Epidemic dropsy in Calcutta - Number 45
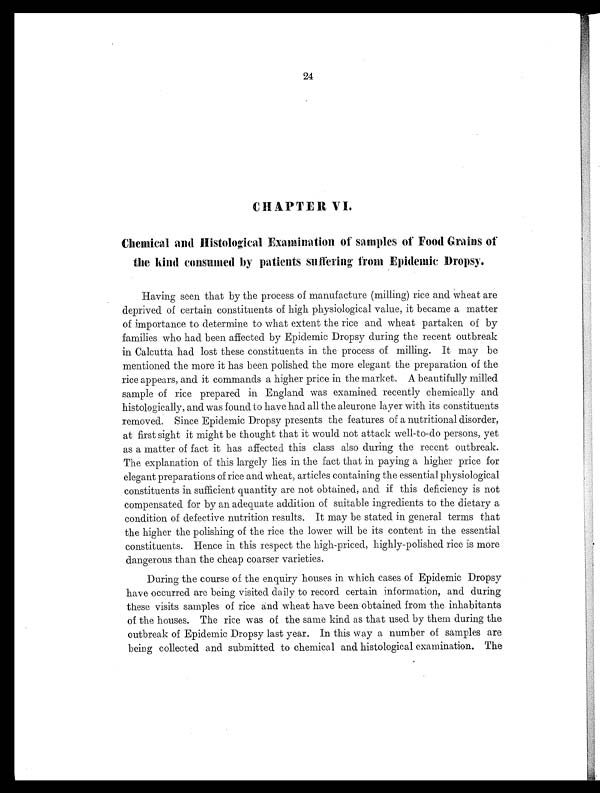
24
CHAPTER VI.
Chemical and Histological Examination of samples of Food Grains of
the kind consumed by patients suffering from Epidemic Dropsy.
Having seen that by the process of manufacture (milling) rice and wheat are
deprived of certain constituents of high physiological value, it became a matter
of importance to determine to what extent the rice and wheat partaken of by
families who had been affected by Epidemic Dropsy during the recent outbreak
in Calcutta had lost these constituents in the process of milling. It may be
mentioned the more it has been polished the more elegant the preparation of the
rice appears, and it commands a higher price in the market. A beautifully milled
sample of rice prepared in England was examined recently chemically and
histologically, and was found to have had all the aleurone layer with its constituents
removed. Since Epidemic Dropsy presents the features of a nutritional disorder,
at first sight it might be thought that it would not attack well-to-do persons, yet
as a matter of fact it has affected this class also during the recent outbreak.
The explanation of this largely lies in the fact that in paying a higher price for
elegant preparations of rice and wheat, articles containing the essential physiological
constituents in sufficient quantity are not obtained, and if this deficiency is not
compensated for by an adequate addition of suitable ingredients to the dietary a
condition of defective nutrition results. It may be stated in general terms that
the higher the polishing of the rice the lower will be its content in the essential
constituents. Hence in this respect the high-priced, highly-polished rice is more
dangerous than the cheap coarser varieties.
During the course of the enquiry houses in which cases of Epidemic Dropsy
have occurred are being visited daily to record certain information, and during
these visits samples of rice and wheat have been obtained from the inhabitants
of the houses. The rice was of the same kind as that used by them during the
outbreak of Epidemic Dropsy last year. In this way a number of samples are
being collected and submitted to chemical and histological examination. The